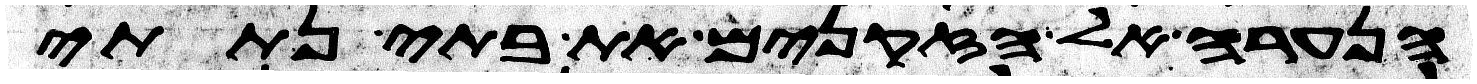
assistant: הנערה אל הזקנים את בתי נתתי